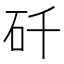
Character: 𬑻